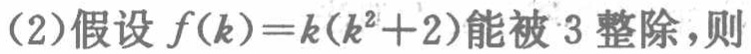
(2)假设\(f(k)=k(k^{2}+2)\)能被\(3\)整除，则